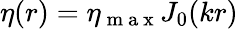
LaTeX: \eta(r)=\eta_{\mathrm{~m~a~x~}}J_{0}(kr)